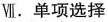
Ⅶ. 单项选择